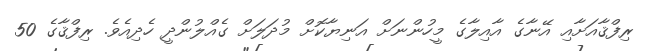
ރިފްޤާއަށާއި އޭނާގެ އާއިލާގެ މީހުންނަށް އަނިޔާކޮށް މުދަލަށް ގެއްލުންދީ ހެދިއެވެ. ރިފްޤާގެ 50